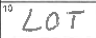
Transcription: LOT